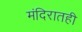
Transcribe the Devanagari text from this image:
मंदिरातही